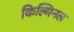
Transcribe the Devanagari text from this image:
किल्मिनल